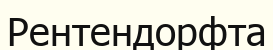
Рентендорфта